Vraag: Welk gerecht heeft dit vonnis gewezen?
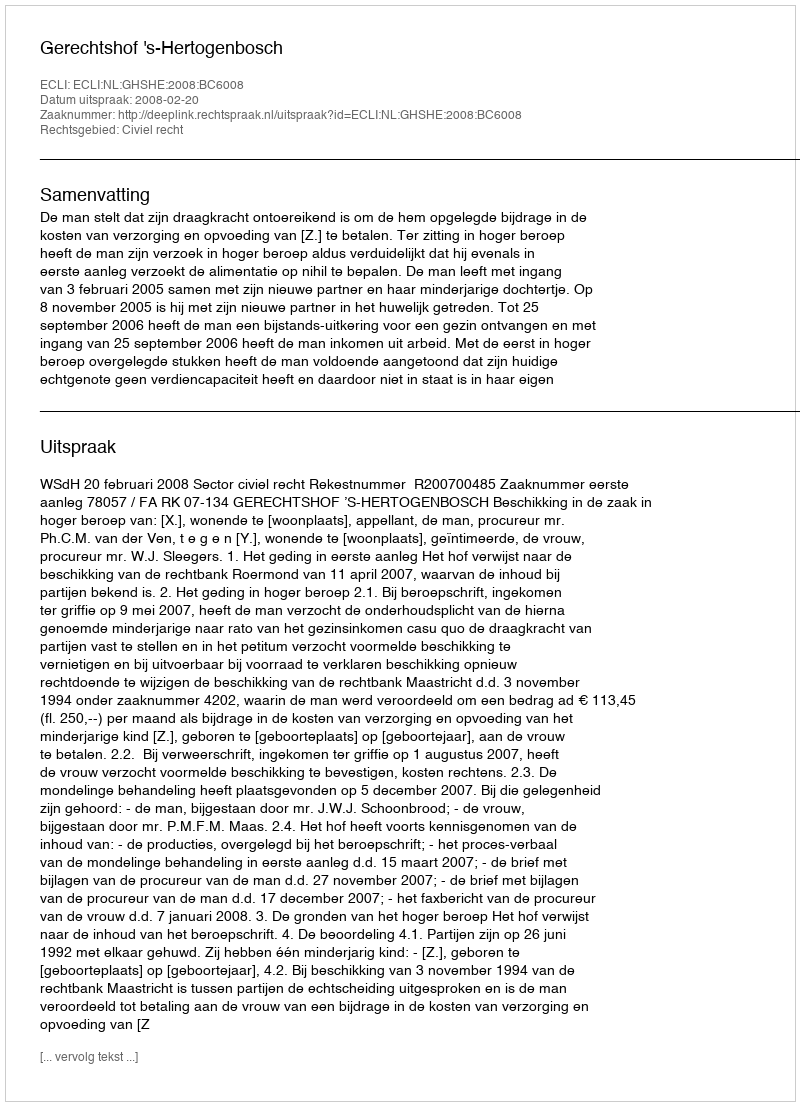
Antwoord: Gerechtshof 's-Hertogenbosch